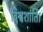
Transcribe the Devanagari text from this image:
विश्वशांति।